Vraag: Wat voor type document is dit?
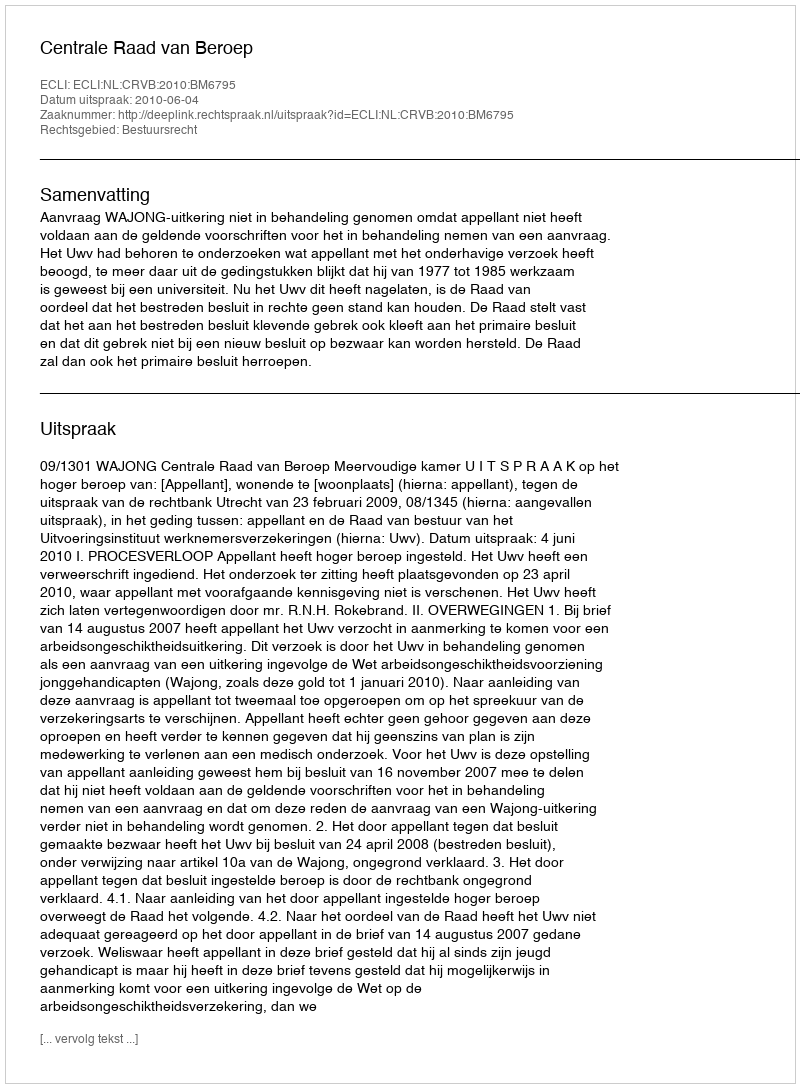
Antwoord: Uitspraak